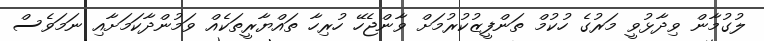
ލުގުމާން ވިދާޅުވީ މަރުގެ ހުކުމް ތަންފީޒުކުރުމަށް ވާންޖެހޭ ހުރިހާ ތައްޔާރީތަކެއް ވަމުންދާކަމަށާއި ނަމަވެސް